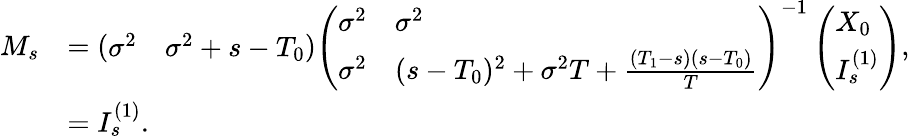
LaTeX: \begin{array}{rl}{M_{s}}&{=\left(\begin{array}{ll}{\sigma^{2}}&{\sigma^{2}+s-T_{0}}\end{array}\right)\left(\begin{array}{ll}{\sigma^{2}}&{\sigma^{2}}\\ {\sigma^{2}}&{(s-T_{0})^{2}+\sigma^{2}T+\frac{(T_{1}-s)(s-T_{0})}{T}}\end{array}\right)^{-1}\left(\begin{array}{l}{X_{0}}\\ {I_{s}^{(1)}}\end{array}\right),}\\ &{=I_{s}^{(1)}.}\end{array}